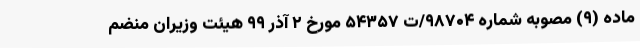
ماده (۹) مصوبه شماره ۹۸۷۰۴/ت ۵۴۳۵۷ مورخ ۲ آذر ۹۹ هیئت وزیران منضم